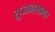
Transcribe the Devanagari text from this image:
सुजानसागर